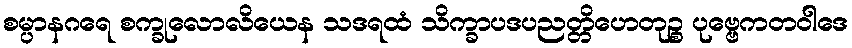
စမ္ပာနဂရေ စက္ခုလောလိယေန သဒရထံ သိက္ခာပဒပညတ္တိဟေတုဉ္စ ပုဗ္ဗေကတဝါဒေ